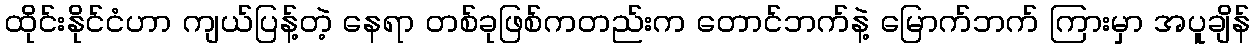
ထိုင်းနိုင်ငံဟာ ကျယ်ပြန့်တဲ့ နေရာ တစ်ခုဖြစ်ကတည်းက တောင်ဘက်နဲ့ မြောက်ဘက် ကြားမှာ အပူချိန်